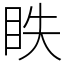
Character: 眣